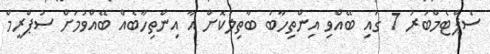
ސެޕްޓެމްބަރު 7 ގައި ބޭއްވި އިންތިހާބު ބާތިލުކޮށް އާ އިންތިހާބެއް ބޭއްވުމަށް ސުޕްރީމް